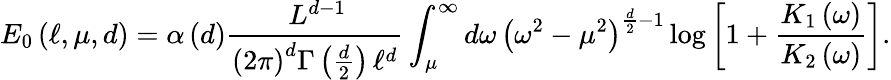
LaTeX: E_{0}\left(\ell,\mu,d\right)=\alpha\left(d\right)\frac{\, L^{d-1}}{\left(2\pi\right)^{d}\Gamma\left(\frac{d}{2}\right)\, \ell^{d}}\int_{\mu}^{\infty}d\omega\, \left(\omega^{2}-\mu^{2}\right)^{\frac{d}{2}-1}\log\left[1+\frac{K_{1}\left(\omega\right)}{K_{2}\left(\omega\right)}\right].